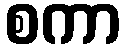
စကာ